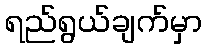
ရည်ရွယ်ချက်မှာ